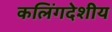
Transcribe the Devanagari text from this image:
कलिंगदेशीय